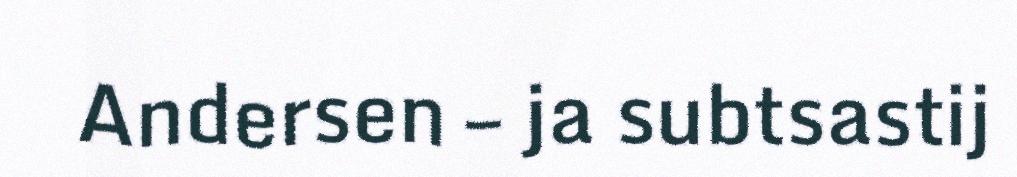
Andersen – ja subtsastij